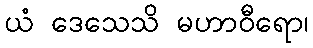
ယံ ဒေသေသိ မဟာဝီရော၊